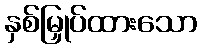
နှစ်မြှုပ်ထားသော